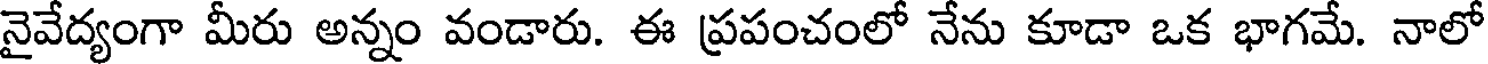
నైవేద్యంగా మీరు అన్నం వండారు. ఈ ప్రపంచంలో నేను కూడా ఒక భాగమే. నాలో